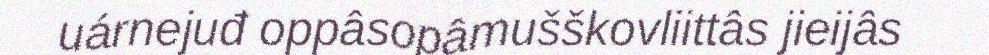
uárnejuđ oppâsopâmušškovliittâs jieijâs